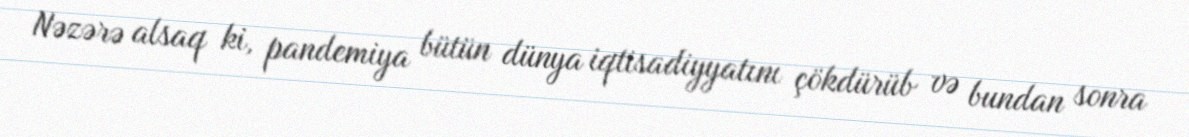
Nəzərə alsaq ki, pandemiya bütün dünya iqtisadiyyatını çökdürüb və bundan sonra